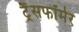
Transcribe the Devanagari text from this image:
ट्रैंसफॉर्मर